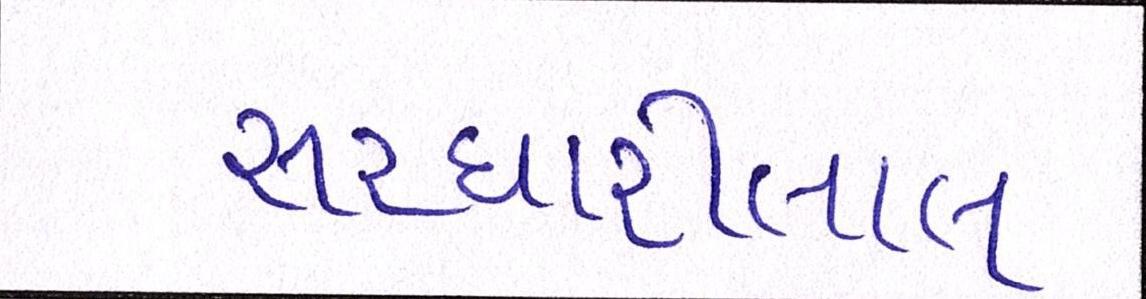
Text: સરધારીલાલ